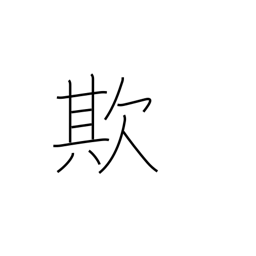
Meaning: delude